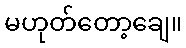
မဟုတ်တော့ချေ။